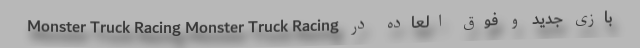
Monster Truck Racing Monster Truck Racing بازی جدید و فوق العاده در